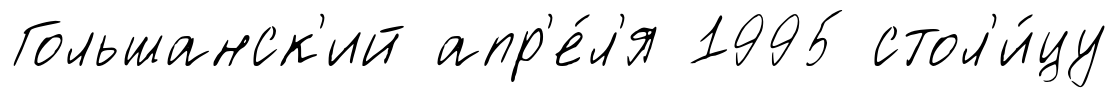
Гольшанск'ий апр'е́л'я 1995 стол'и́цу